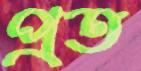
প্রত